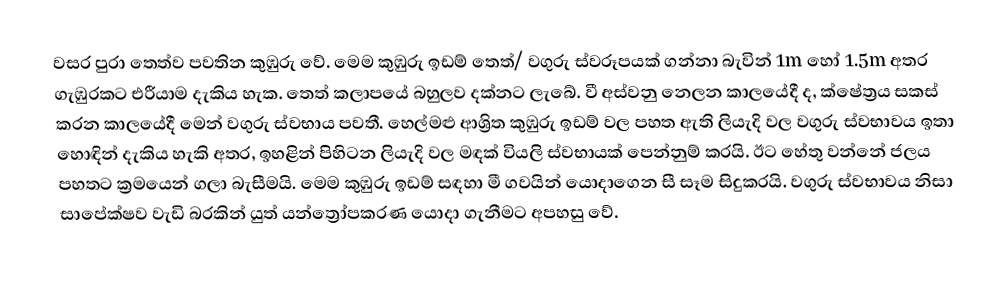
වසර පුරා තෙත්ව පවතින කුඹුරු වේ. මෙම කුඹුරු ඉඩම් තෙත්/ වගුරු ස්වරූපයක් ගන්නා බැවින් 1m හෝ 1.5m අතර ගැඹුරකට එරීයාම දැකිය හැක. තෙත් කලාපයේ බහුලව දක්නට ලැබේ. වී අස්වනු නෙලන කාලයේදී ද, ක්ෂේත්‍රය සකස් කරන කාලයේදී මෙන් වගුරු ස්වභාය පවතී. හෙල්මළු ආශ්‍රිත කුඹුරු ඉඩම් වල පහත ඇති ලියැදි වල වගුරු ස්වභාවය ඉතා හොඳින් දැකිය හැකි අතර, ඉහළින් පිහිටන ලියැදි වල මඳක් වියලි ස්වභායක් පෙන්නුම් කරයි. ඊට හේතු වන්නේ ජලය පහතට ක්‍රමයෙන් ගලා බැසීමයි. මෙම කුඹුරු ඉඩම් සඳහා මී ගවයින් යොදාගෙන සී සෑම සිදුකරයි. වගුරු ස්වභාවය නිසා සාපේක්ෂව වැඩි බරකින් යුත් යන්ත්‍රෝපකරණ යොදා ගැනීමට අපහසු වේ.